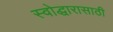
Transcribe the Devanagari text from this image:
स्वोद्धारासाठी